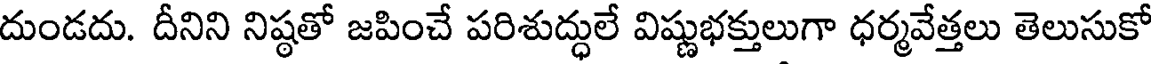
దుండదు. దీనిని నిష్ఠతో జపించే పరిశుద్ధులే విష్ణుభక్తులుగా ధర్మవేత్తలు తెలుసుకో